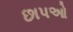
છાપઓ